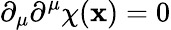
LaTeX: \partial_{\mu}\partial^{\mu}\chi(\mathbf{x})=0